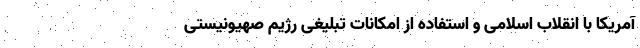
آمریکا با انقلاب اسلامی و استفاده از امکانات تبلیغی رژیم صهیونیستی